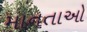
માનતાઓ